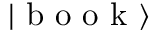
\left| \textrm { b o o k } \right\rangle